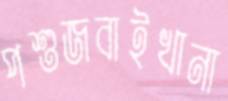
পশুজবাইখানা